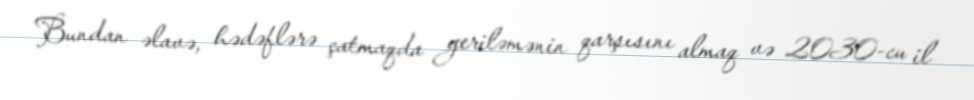
Bundan əlavə, hədəflərə çatmaqda geriləmənin qarşısını almaq və 2030-cu il